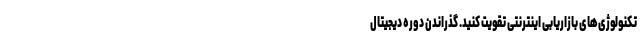
تکنولوژی‌های بازاریابی اینترنتی تقویت کنید. گذراندن دوره دیجیتال